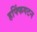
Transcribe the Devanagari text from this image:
हफ्फिंगटन